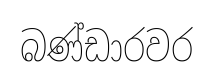
බණ්ඩාරවර